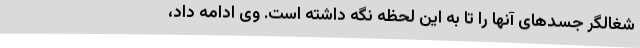
شغالگر جسدهای آنها را تا به این لحظه نگه داشته است. وی ادامه داد،